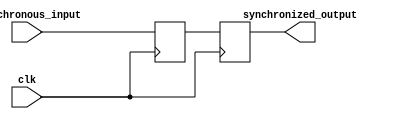
module two_flop_synchronizer (
    input wire asynchronous_input,
    input wire clk,
    output reg synchronized_output
);

reg first_ff_out, synchronized_output;

always @(posedge clk) begin
    first_ff_out <= asynchronous_input;
    synchronized_output <= first_ff_out;
end

endmodule